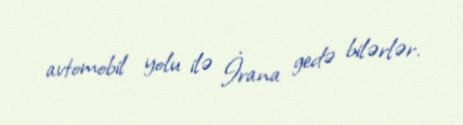
avtomobil yolu ilə İrana gedə bilərlər.